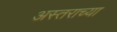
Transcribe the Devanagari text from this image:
अस्तराच्या